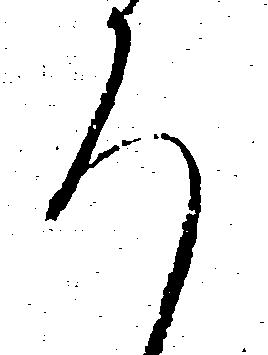
ろ